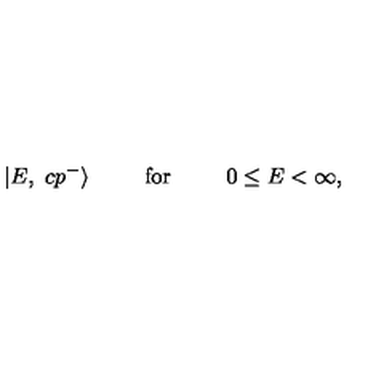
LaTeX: | E , \ c p ^ { - } \rangle \phantom { 0 0 0 0 0 } \mathrm { f o r } \phantom { 0 0 0 0 0 } 0 \leq E < \infty ,